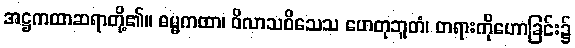
အဋ္ဌကထာဆရာတို့၏။ ဓမ္မကထာ၊ ဝိလာသဝိသေသ ဟေတုဘူတံ၊ တရားကိုဟောခြင်း၌